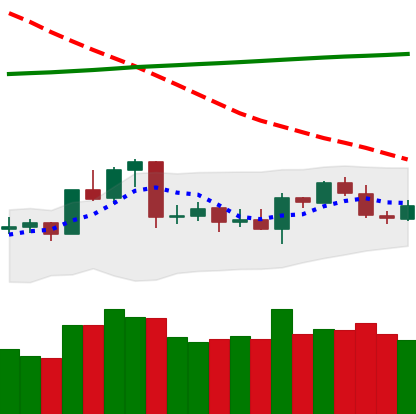
Ticker: ETC-USD
Chart end date: 2020-04-22
Forward return: 13.008%
Label: up_7plus